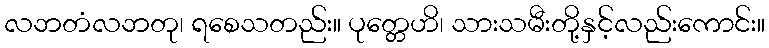
လဘတံလဘတု၊ ရစေသတည်း။ ပုတ္တေဟိ၊ သားသမီးတို့နှင့်လည်းကောင်း။